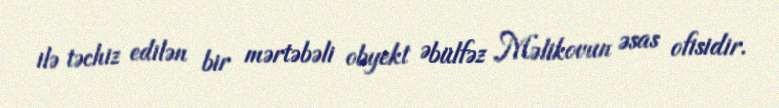
ilə təchiz edilən bir mərtəbəli obyekt Əbülfəz Məlikovun əsas ofisidir.